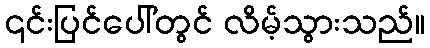
၎င်းပြင်ပေါ်တွင် လိမ့်သွားသည်။